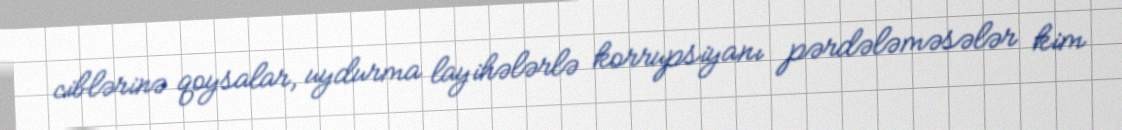
ciblərinə qoysalar, uydurma layihələrlə korrupsiyanı pərdələməsələr kim